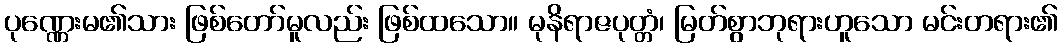
ပုဏ္ဏေးမ၏သား ဖြစ်တော်မူလည်း ဖြစ်ထသော။ မုနိရာဇပုတ္တံ၊ မြတ်စွာဘုရားဟူသော မင်းတရား၏